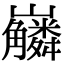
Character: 𡿑